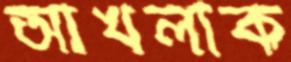
আখলাক